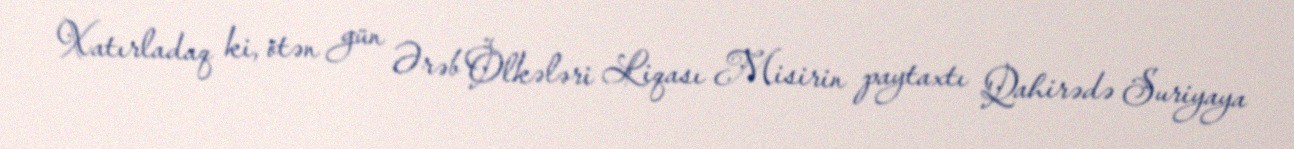
Xatırladaq ki, ötən gün Ərəb Ölkələri Liqası Misirin paytaxtı Qahirədə Suriyaya